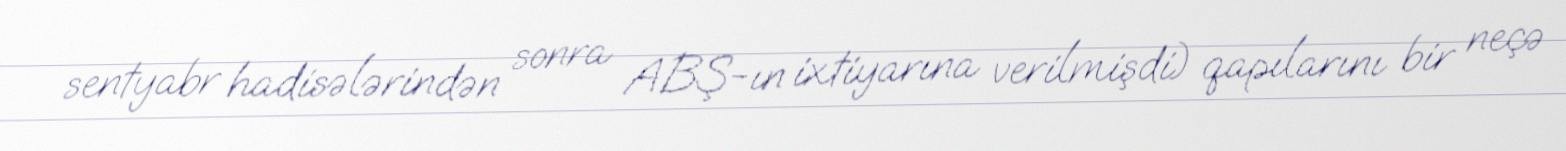
sentyabr hadisələrindən sonra ABŞ-ın ixtiyarına verilmişdi) qapılarını bir neçə